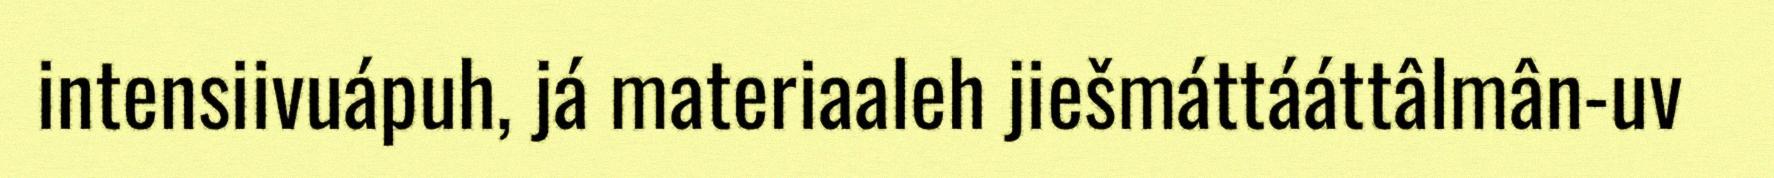
intensiivuápuh, já materiaaleh jiešmáttááttâlmân-uv